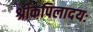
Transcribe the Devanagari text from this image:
श्रीकपिलादयः